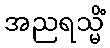
အညရသ္မိံ